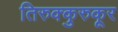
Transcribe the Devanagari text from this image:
तिरुक्कुरुकूर